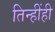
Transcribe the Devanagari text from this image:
तिन्हींही